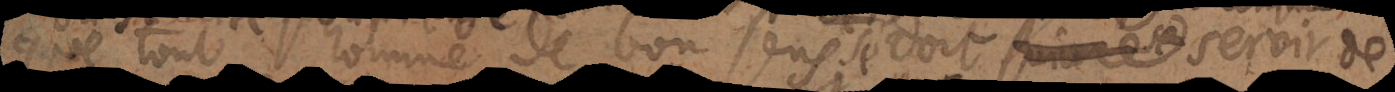
que tout homme de bon sens doit se servir de